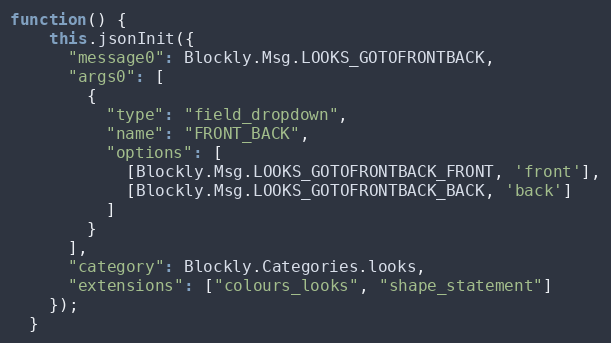
Language: JavaScript
function() {
    this.jsonInit({
      "message0": Blockly.Msg.LOOKS_GOTOFRONTBACK,
      "args0": [
        {
          "type": "field_dropdown",
          "name": "FRONT_BACK",
          "options": [
            [Blockly.Msg.LOOKS_GOTOFRONTBACK_FRONT, 'front'],
            [Blockly.Msg.LOOKS_GOTOFRONTBACK_BACK, 'back']
          ]
        }
      ],
      "category": Blockly.Categories.looks,
      "extensions": ["colours_looks", "shape_statement"]
    });
  }